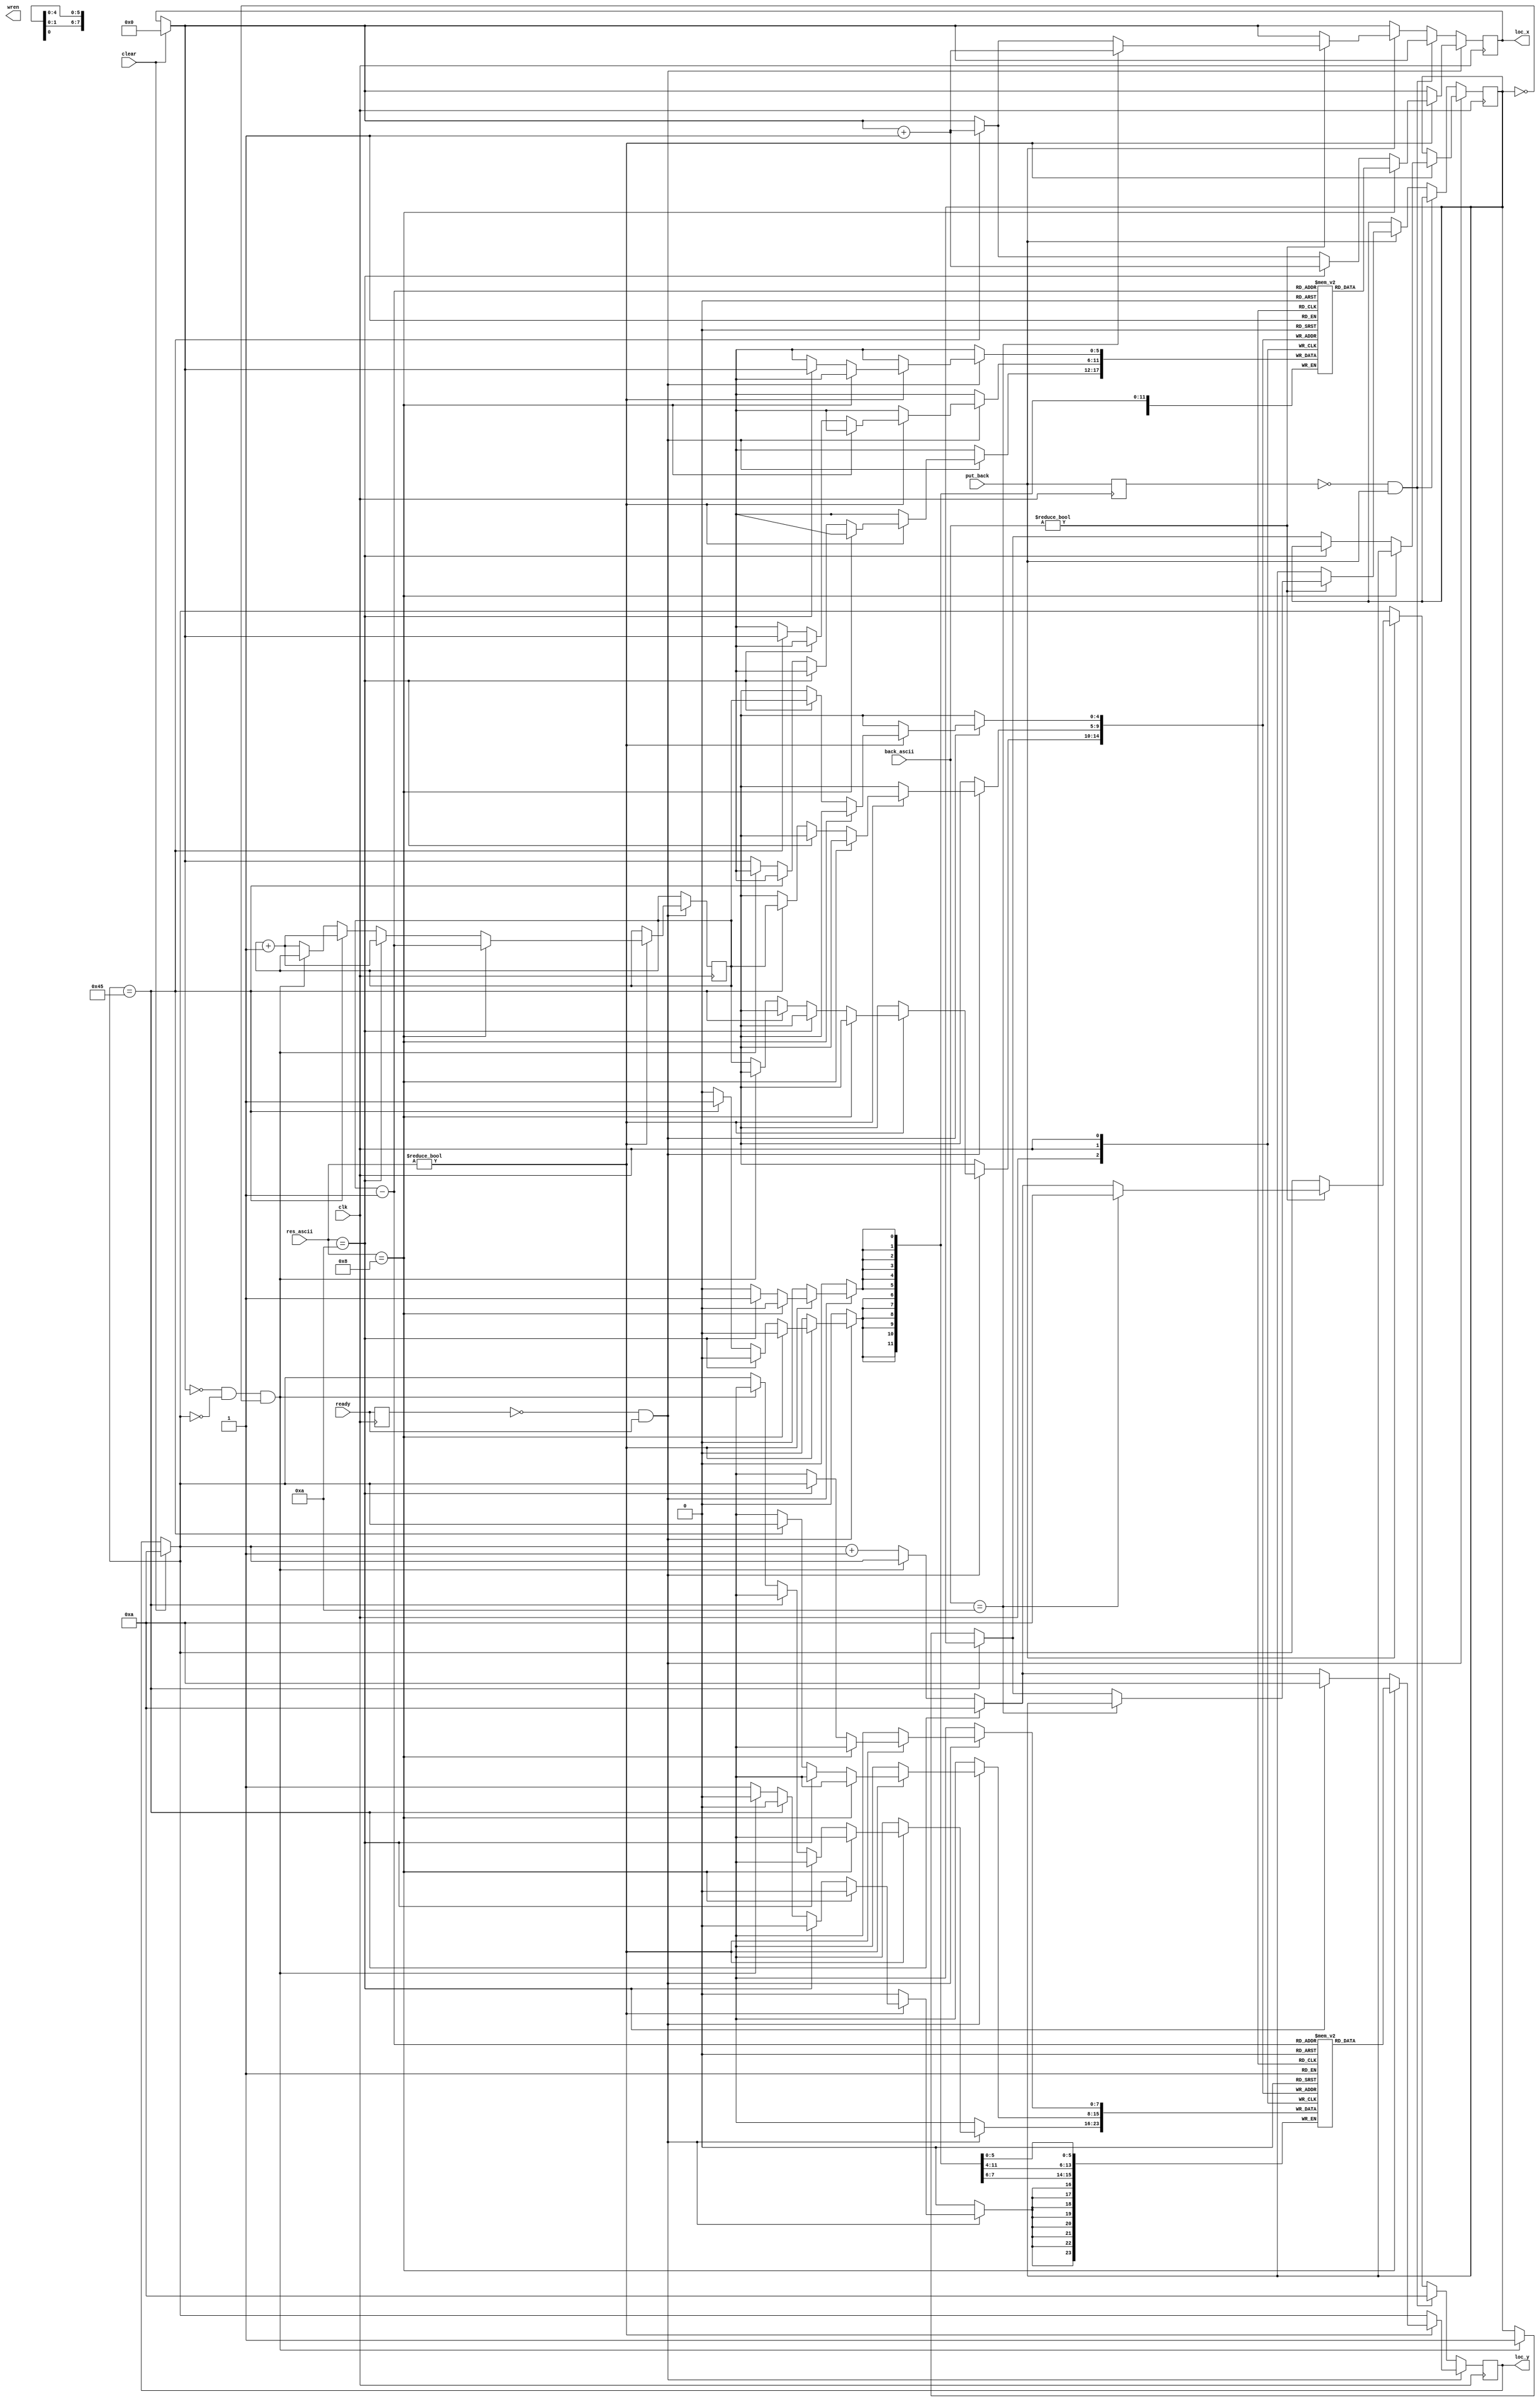
module write_location(clk, clear, put_back, back_ascii, res_ascii, loc_x, loc_y, ready, wren);
	input clk,clear;
	input ready;
	input put_back;
	input [7:0]res_ascii;
	input [7:0]back_ascii;
	output reg [5:0]loc_x;
	output reg [7:0]loc_y;
	reg [5:0]prev_x[32];
	reg [7:0]prev_y[32];
	reg [4:0]count;
	reg prev_put_back;
	output reg wren;
	reg flag;
	reg prev_ready;
	initial begin
		loc_x = 0;
		loc_y = 10;
		flag = 0;
		count = 0;
	end
	always @ (posedge clk) begin
	if(clear)
		begin
			loc_x = 0;
			loc_y = 10;
		end
	if(!prev_ready && ready) begin
		if(res_ascii != 0) begin
			if(res_ascii == 8) begin
				loc_x = prev_x[count-1];
				loc_y = prev_y[count-1];
				count = count-1;
			end
			else if(res_ascii == 10) begin
				prev_x[count] = loc_x;
				prev_y[count] = loc_y;
				count = count + 1;
				loc_y = 10;
				loc_x = loc_x + 1;
			end
			else if(loc_y == 69) begin
				prev_x[count] = loc_x;
				prev_y[count] = loc_y;
				count = count + 1;
				loc_y = 10;
				loc_x = loc_x + 1;
			end
			else begin
				if(loc_x == 0 && loc_y == 0 && flag == 0)
					flag = 1;
				else begin
					prev_x[count] = loc_x;
					prev_y[count] = loc_y;
					count = count + 1;
					loc_y = loc_y + 1;
				end
			end
		end
	end
	else if(!prev_put_back && put_back) begin
		loc_y = 10;
	end
	else if(put_back) begin
		if(back_ascii != 0) begin
			if(back_ascii == 10) begin
				loc_y = 10;
				loc_x = loc_x + 1;
			end
			else if(loc_y == 69) begin
				loc_y = 10;
				loc_x = loc_x + 1;
			end
			else begin
				if(loc_x == 0 && loc_y == 0 && flag == 0)
					flag = 1;
				else begin
					loc_y = loc_y + 1;
				end
			end
		end
	end
	prev_ready = ready;
	prev_put_back = put_back;
	end
endmodule